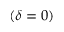
( \delta = 0 )